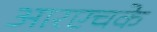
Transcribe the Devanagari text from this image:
आरएचके